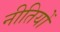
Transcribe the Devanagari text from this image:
नीतियों